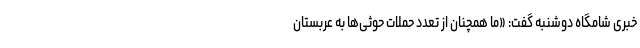
خبری شامگاه دوشنبه گفت: «ما همچنان از تعدد حملات حوثی‌ها به عربستان